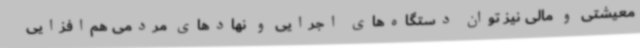
معیشتی و مالی نیز توان دستگاه‌های اجرایی و نهادهای مردمی هم‌افزایی